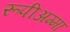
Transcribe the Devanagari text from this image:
रूपीअम्मा